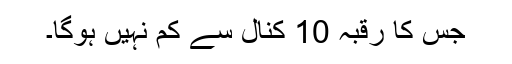
جس کا رقبہ 10 کنال سے کم نہیں ہوگا۔